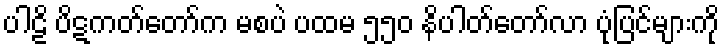
ပါဠိ ပိဋကတ်တော်က မစပဲ ပထမ ၅၅၀ နိပါတ်တော်လာ ပုံပြင်များကို